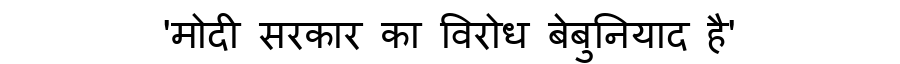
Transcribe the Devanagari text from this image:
'मोदी सरकार का विरोध बेबुनियाद है'